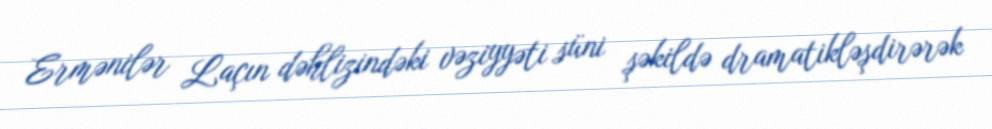
Ermənilər Laçın dəhlizindəki vəziyyəti süni şəkildə dramatikləşdirərək